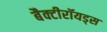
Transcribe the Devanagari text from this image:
बैक्टीरॉयड्स